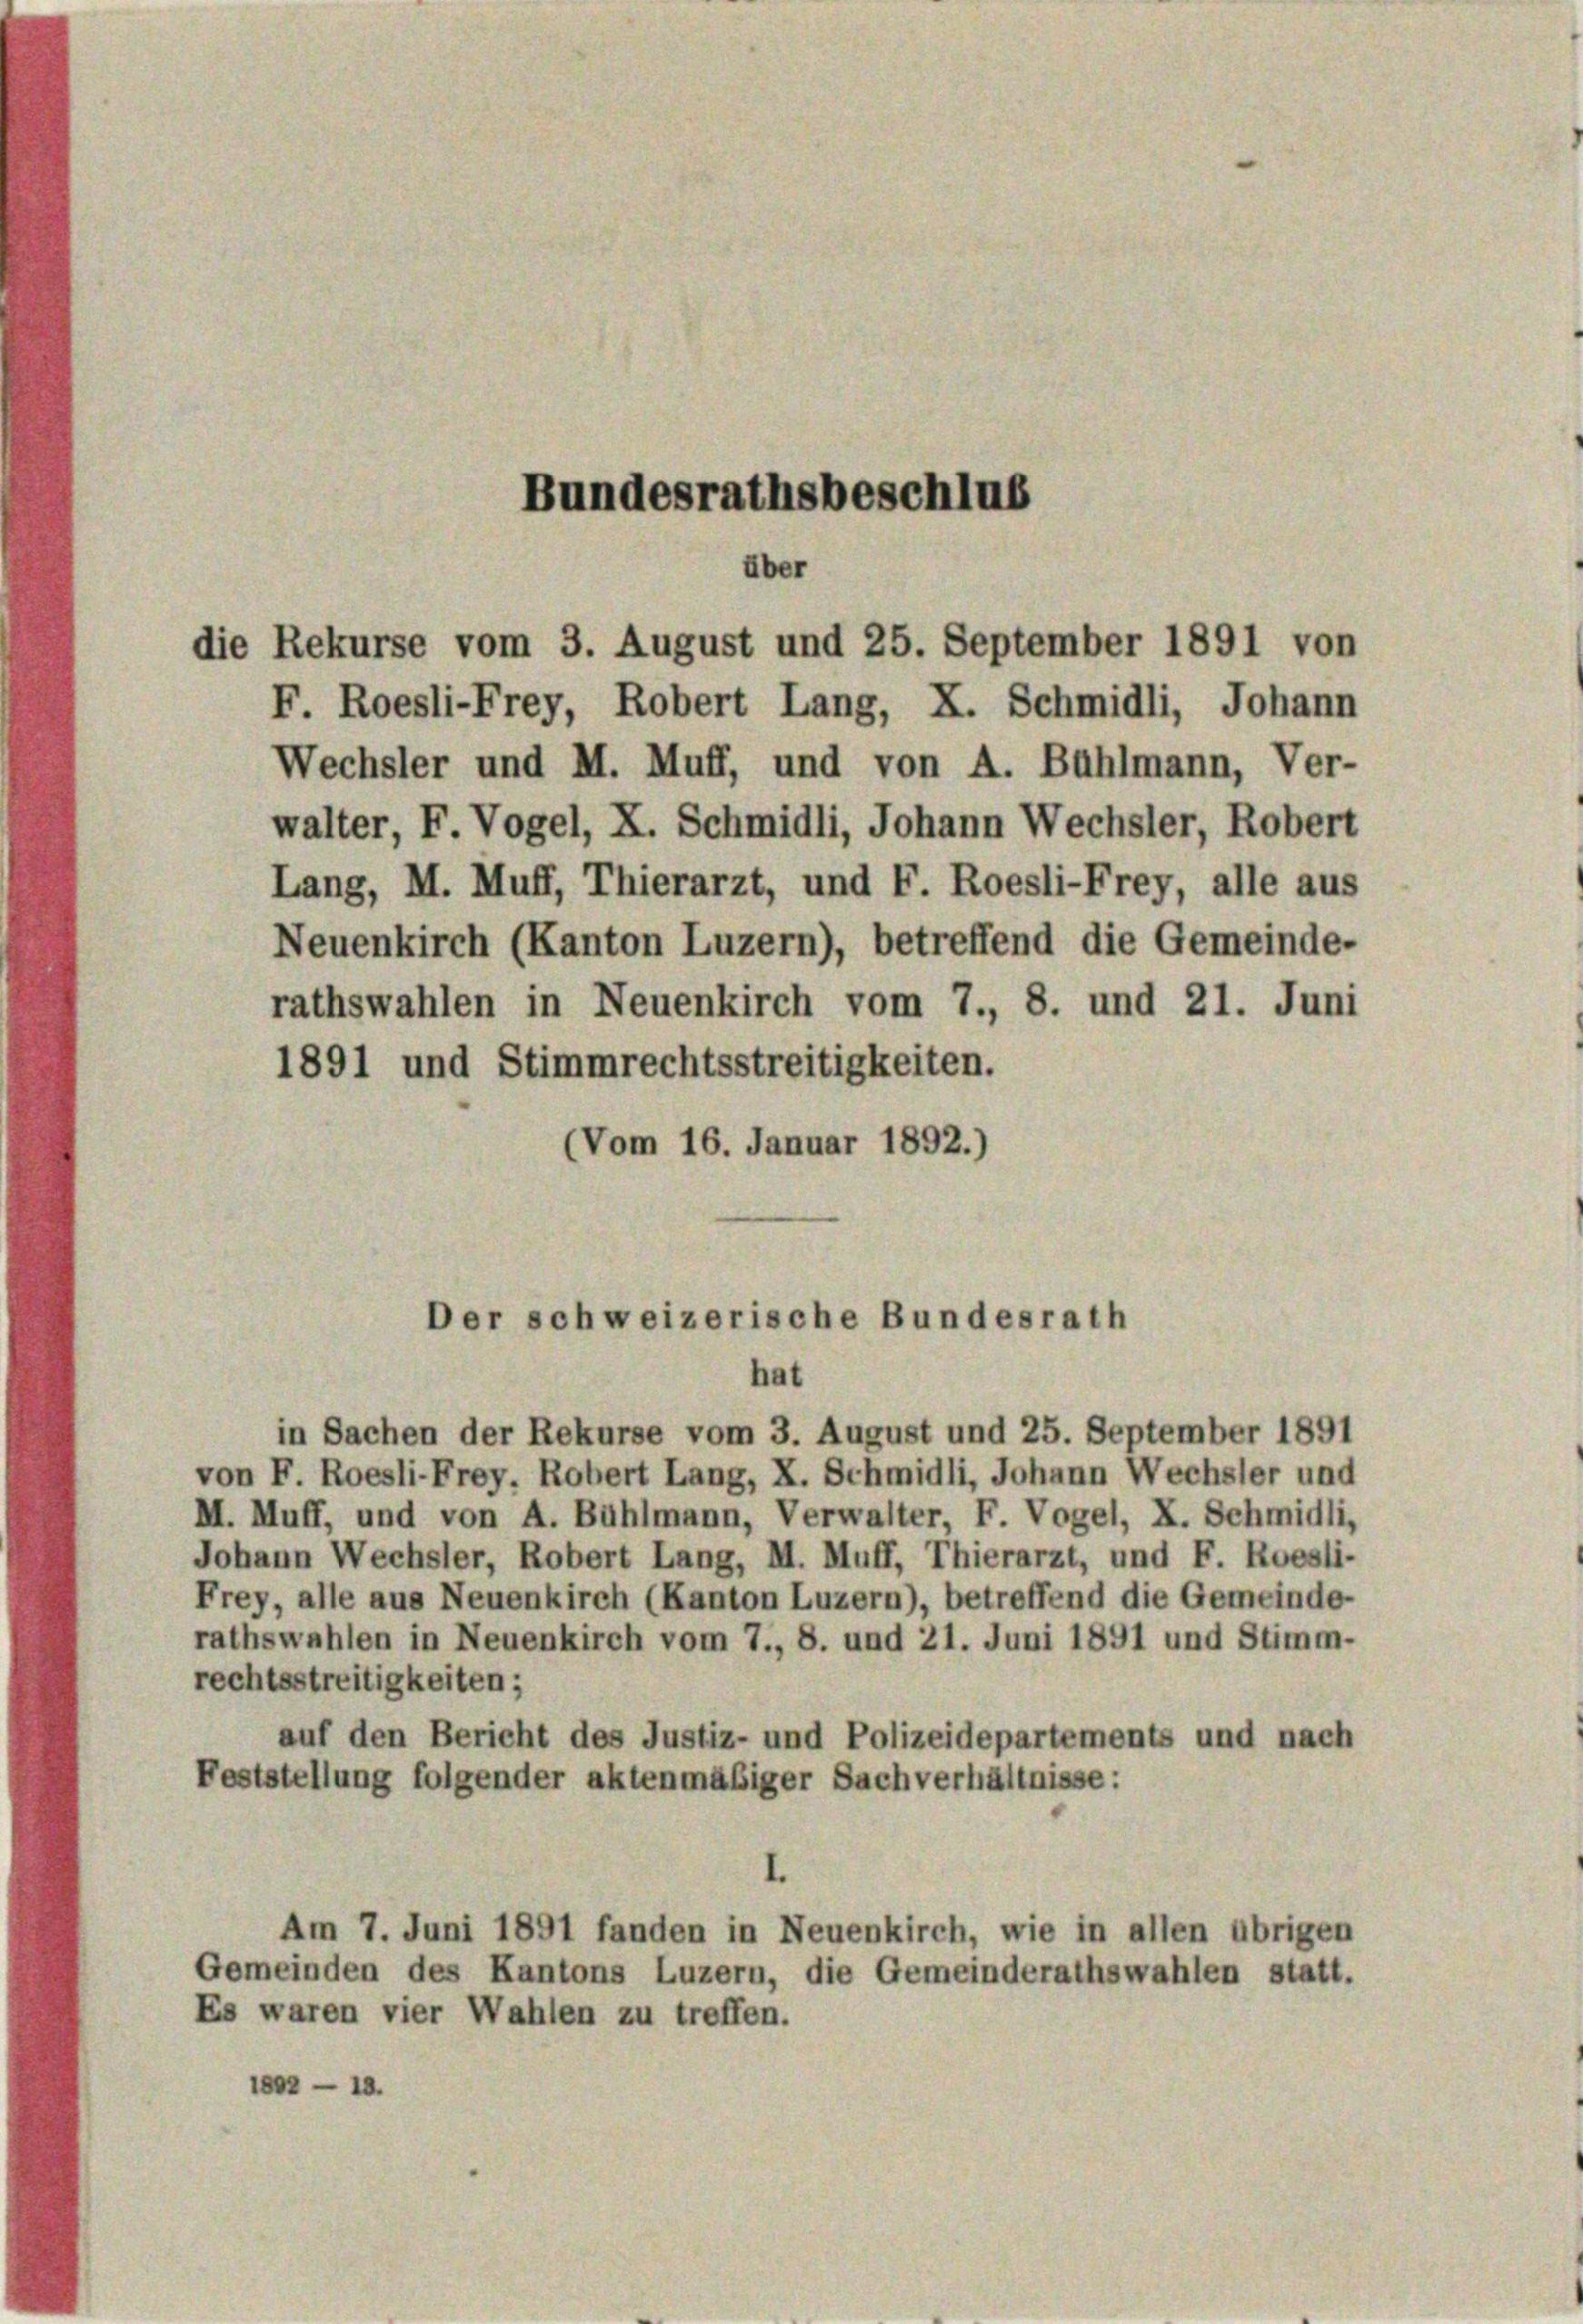
F. Roesli-Frey, Robert Lang, X. Schmidli, Johann
Wechsler und M. Muff, und von A. Bühlmann, Ver-
walter, F. Vogel, X. Schmidli, Johann Wechsler, Robert
Lang, M. Muff, Thierarzt, und F. Roesli-Frey, alle aus
Neuenkirch (Kanton Luzern), betreffend die Gemeinde-
rathswahlen in Neuenkirch vom 7., 8. und 21. Juni
1891 und Stimmrechtsstreitigkeiten.
(Vom 16. Januar 1892.)

Bundesrathsbeschlus
über
die Rekurse vom 3. August und 25. September 1891 von

Der schweizerische Bundesrath
hat

in Sachen der Rekurse vom 3. August und 25. September 1891
von F. Roesli-Frey, Robert Lang, X. Schmidli, Johann Wechsler und
M. Muff, und von A. Bühlmann, Verwalter, F. Vogel, X. Schmidli,
Johann Wechsler, Robert Lang, M. Muff, Thierarzt, und F. Roesli-
Frey, alle aus Neuenkirch (Kanton Luzern), betreffend die Gemeinde-
rathswahlen in Neuenkirch vom 7., 8. und 21. Juni 1891 und Stimm-
rechtsstreitigkeiten;
auf den Bericht des Justiz- und Polizeidepartements und nach
Feststellung folgender aktenmäßiger Sachverhältnisse:
Am 7. Juni 1891 fanden in Neuenkirch, wie in allen übrigen
Gemeinden des Kantons Luzern, die Gemeinderathswahlen statt.
Es waren vier Wahlen zu treffen.
1802 - 15.